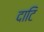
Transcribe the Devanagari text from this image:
दाटि